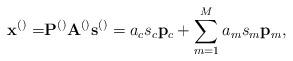
LaTeX: \begin{align*}\mathbf{x}^{\left(\right)}=&\mathbf{P}^{\left(\right)}\mathbf{A}^{\left(\right)}\mathbf{s}^{\left(\right)}=a_c s_c \mathbf{p}_c+\sum_{m=1}^{M}a_m s_m \mathbf{p}_m, \end{align*}